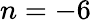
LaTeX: n=-6